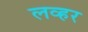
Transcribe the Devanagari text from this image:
लव्हर